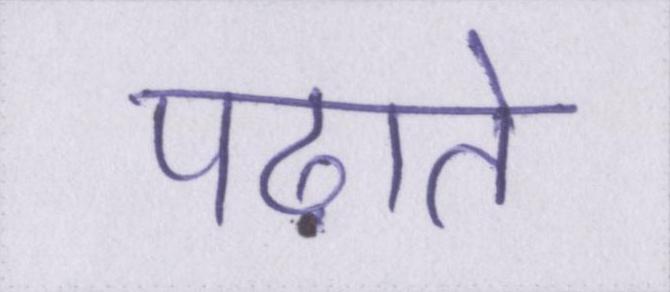
पढ़ाते